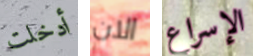
أدخلت الان الإسراع